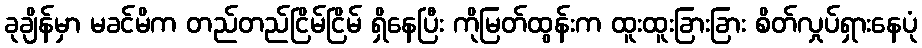
ခုချိန်မှာ မခင်မိက တည်တည်ငြိမ်ငြိမ် ရှိနေပြီး ကိုမြတ်ထွန်းက ထူးထူးခြားခြား စိတ်လှုပ်ရှားနေပုံ